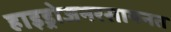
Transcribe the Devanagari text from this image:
हाइड्रोजनरसायनत